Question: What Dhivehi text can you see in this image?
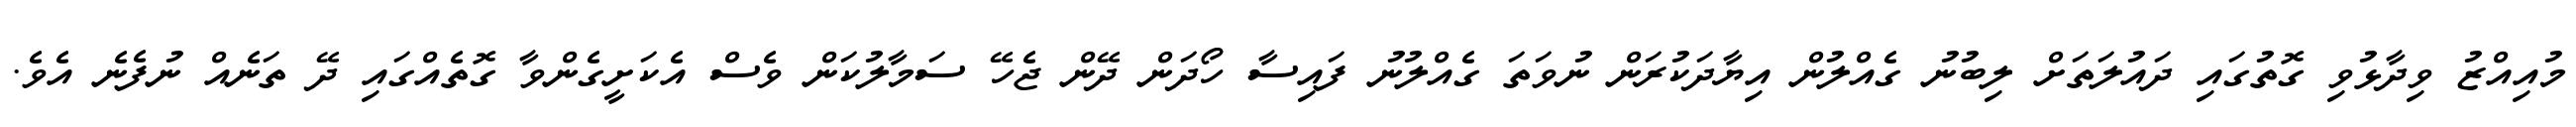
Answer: މުއިއްޒު ވިދާޅުވި ގޮތުގައި ދައުލަތަށް ލިބުނު ގެއްލުން އިޔާދަކުރަން ނުވަތަ ގެއްލުނު ފައިސާ ހޯދަން ދޭން ޖެހޭ ސަމާލުކަން ވެސް އެކަށީގެންވާ ގޮތެއްގައި ދޭ ތަނެއް ނުފެނެ އެވެ.